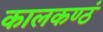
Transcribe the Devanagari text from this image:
कालकण्ठं